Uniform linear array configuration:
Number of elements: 16
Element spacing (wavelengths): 0.25
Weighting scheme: uniform
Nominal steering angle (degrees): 60
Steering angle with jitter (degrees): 58.41
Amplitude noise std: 0.05
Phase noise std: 0.05

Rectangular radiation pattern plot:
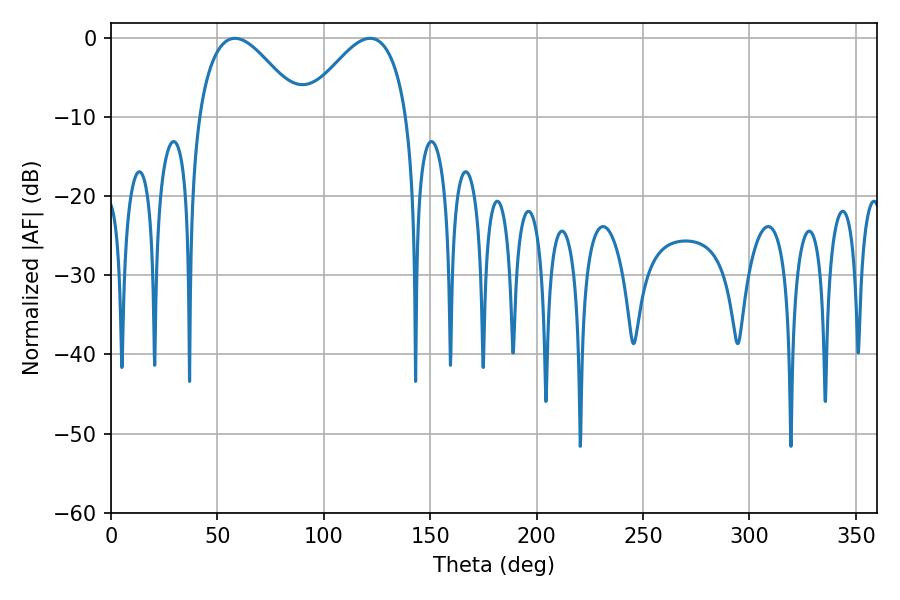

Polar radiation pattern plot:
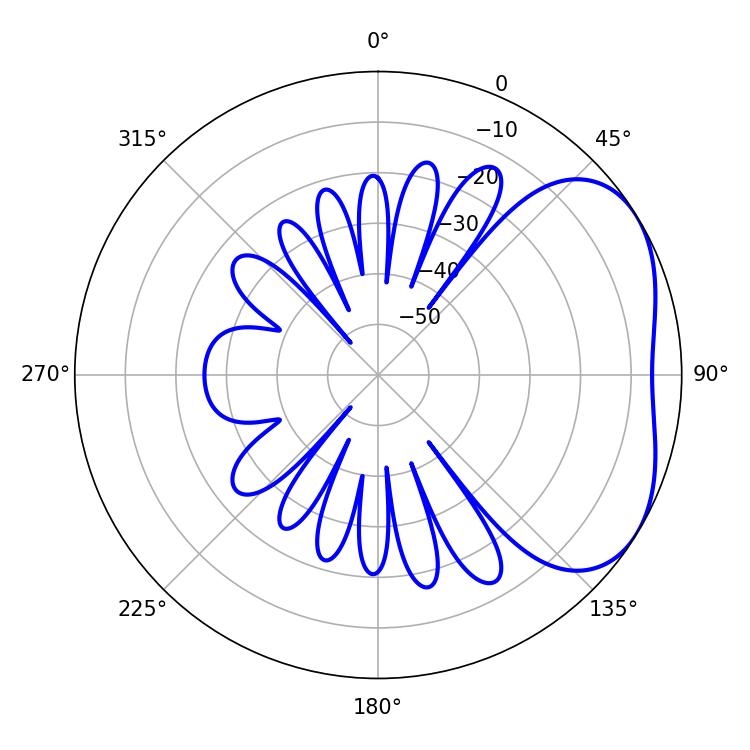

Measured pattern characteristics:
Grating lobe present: FALSE
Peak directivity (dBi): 3.607
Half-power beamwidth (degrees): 26.28
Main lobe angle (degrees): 58.32